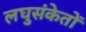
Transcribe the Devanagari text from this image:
लघुसंकेतों